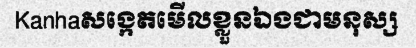
Kanhaសង្កេតមើលខ្លួនឯងជាមនុស្ស